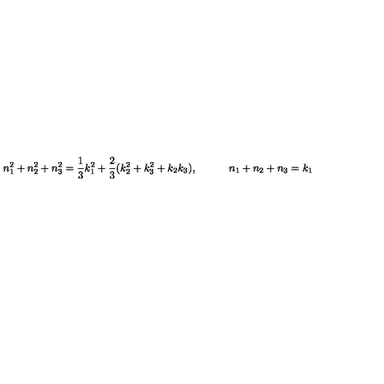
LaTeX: n _ { 1 } ^ { 2 } + n _ { 2 } ^ { 2 } + n _ { 3 } ^ { 2 } = { \frac { 1 } { 3 } } k _ { 1 } ^ { 2 } + { \frac { 2 } { 3 } } ( k _ { 2 } ^ { 2 } + k _ { 3 } ^ { 2 } + k _ { 2 } k _ { 3 } ) , \qquad \quad n _ { 1 } + n _ { 2 } + n _ { 3 } = k _ { 1 }